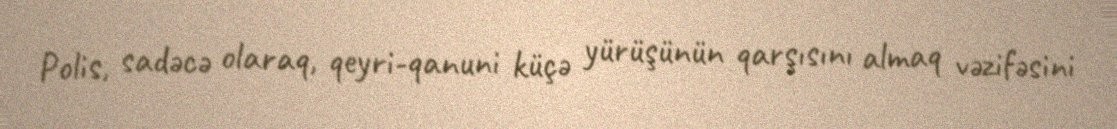
Polis, sadəcə olaraq, qeyri-qanuni küçə yürüşünün qarşısını almaq vəzifəsini